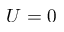
U = 0